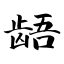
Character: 龉